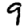
Digit: 9